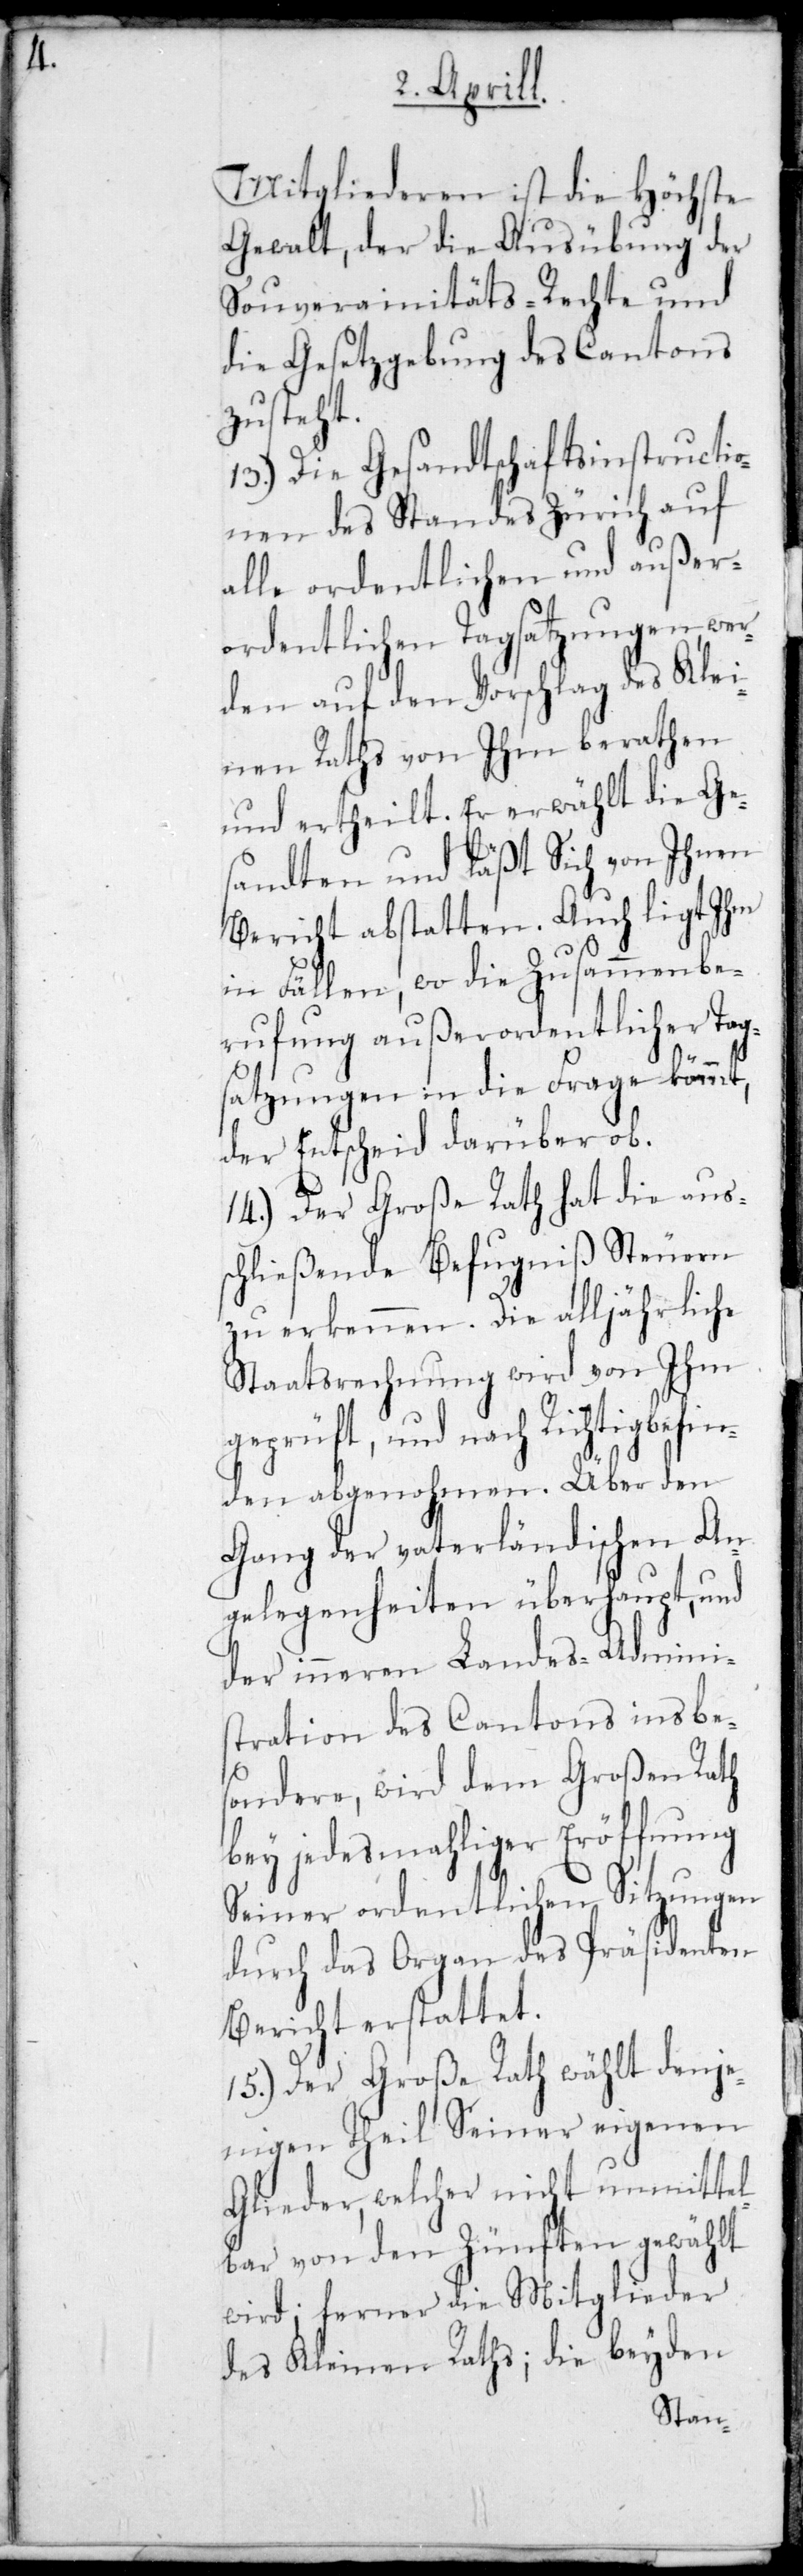
Mitgliederen ist die Höchste
Gewalt, der die Ausübung der
und
Souverainitäts-Re¬
ich
die Gesetzgebung des
zusteht.
Präsi¬
13.) Die Gesandtschaftsi¬
auf
nen des Standes Zür¬
außer¬
alle ordentlichen und
ordentlichen Tagsatzungen, wer¬
Klei¬
den auf den Vorschlag
nen Raths von Ihm beraten
und ertheilt. Er erwählt die Ge¬
sandten und läßt Sich von Ihnen
Bericht abstatten. Auch ligt Ihm
in Fällen, wo die Zusammenbe¬
rufung außerordentlicher Tag¬
satzungen in die Frage kömmt,
der Entscheid darüber ob.
14.) Der Große Rath hat die aus¬
schließende Befugniß Steuern
zu erkennen. Die alljährliche
Staatsrechnung wird von Ihm
befin¬
geprüft, und nach Rich¬
den
den abgenohmen. Über
Gang der vaterländischen An¬
gelegenheiten überhaupt, und
der inneren Landes-Admini¬
stration des Cantons insbe¬
sondere, wird dem Großen Rath
bey jedesmaliger Eröffnung
Seiner ordentlichen Sitzungen
denten
durch das Organ des
Bericht erstattet.
15.) Der Große Rath wählt denje¬
nigen Theil Seiner eigenen
Glieder, welcher nicht unmittel¬
bar von den Zünften gewählt
wird; ferner die Mitglieder
des Kleinen Raths; die beyden